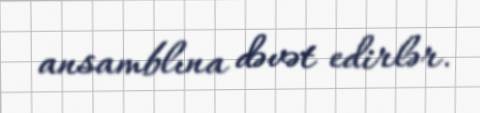
ansamblına dəvət edirlər.